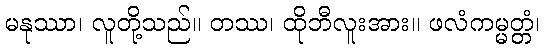
မနုဿာ၊ လူတို့သည်။ တဿ၊ ထိုဘီလူးအား။ ဖလံကမ္မတ္တံ၊